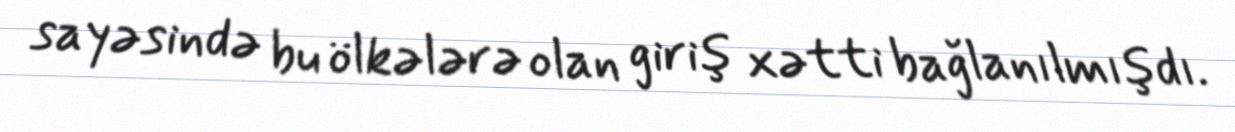
sayəsində bu ölkələrə olan giriş xətti bağlanılmışdı.